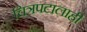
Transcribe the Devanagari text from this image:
चित्रपटालाही